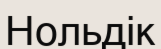
Нольдік